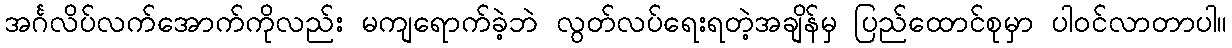
အင်္ဂလိပ်လက်အောက်ကိုလည်း မကျရောက်ခဲ့ဘဲ လွတ်လပ်ရေးရတဲ့အချိန်မှ ပြည်ထောင်စုမှာ ပါဝင်လာတာပါ။